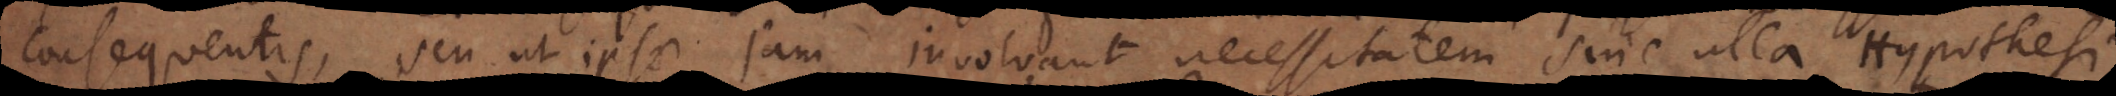
consequentis, seu ut ipsae jam involvant necessitatem sine ulla Hypothesi